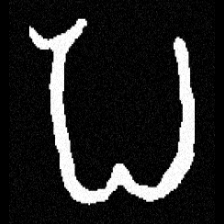
Pyu character \u2014 Myanmar letter: ပ (romanized: pa)